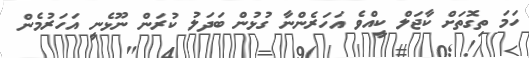
ހަމަ ތިގޮތަށް ކާޖަލް ކީއްވެ އަހަރެންނާ ގުޅުން ބަދަލު ކުރަން ނޫޅެނީ އަހަރުމެން